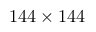
1 4 4 \times 1 4 4